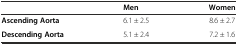
|  | Men | Women |
 | --- | --- | --- |
 | Ascending Aorta | 6.1 ± 2.5 | 8.6 ± 2.7 |
 | Descending Aorta | 5.1 ± 2.4 | 7.2 ± 1.6 |